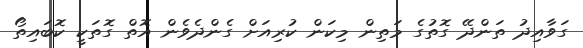
ގަވާއިދު ތަންދޭ ގޮތުގެ މަތިން މިކަން ކުރިއަށް ގެންދެވެން އޮތް ގޮތަކީ ކޮބައިތޯ